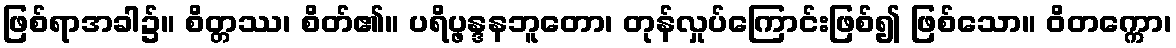
ဖြစ်ရာအခါ၌။ စိတ္တဿ၊ စိတ်၏။ ပရိပ္ဖန္ဒနဘူတော၊ တုန်လှုပ်ကြောင်းဖြစ်၍ ဖြစ်သော။ ဝိတက္ကော၊